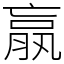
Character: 𣎆